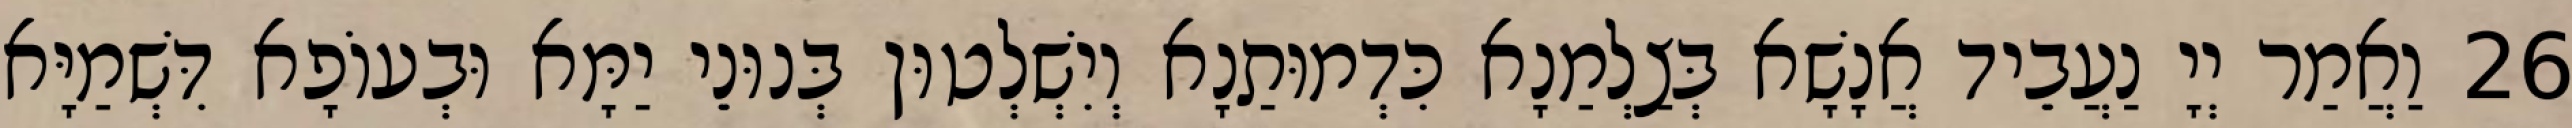
26 וַאֲמַר יְיָ נַעֲבֵיד אֲנָשָׁא בְּצַלְמַנָא כִּדְמוּתַנָא וְיִשְׁלְטוּן בְּנוּנֵי יַמָּא וּבְעוֹפָא דִּשְׁמַיָּא